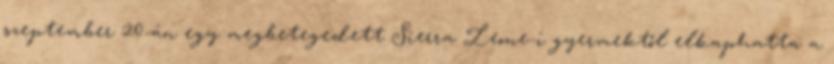
szeptember 20-án egy megbetegedett Sierra Leone-i gyermektől elkaphatta a